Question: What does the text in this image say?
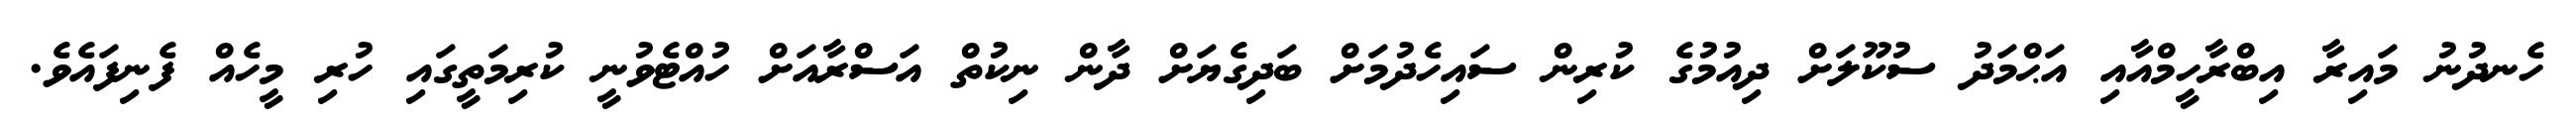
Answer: ހެނދުނު މައިރާ އިބްރާހީމްއާއި އަޙްމަދު ސުކޫލަށް ދިއުމުގެ ކުރިން ސައިހެދުމަށް ބަދިގެޔަށް ދާން ނިކުތް އަސްރާއަށް ހުއްޓެވުނީ ކުރިމަތީގައި ހުރި މީހެއް ފެނިފައެވެ.